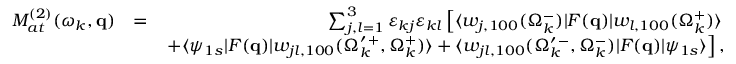
\begin{array} { r l r } { { \cal M } _ { a t } ^ { ( 2 ) } ( \omega _ { k } , \mathbf { q } ) } & { = } & { \sum _ { j , l = 1 } ^ { 3 } \varepsilon _ { k j } \varepsilon _ { k l } \left[ \langle w _ { j , 1 0 0 } ( \Omega _ { k } ^ { - } ) | F ( \mathbf { q } ) | { w } _ { l , 1 0 0 } ( \Omega _ { k } ^ { + } ) \rangle \right. } \\ & { } & { \left. + \langle \psi _ { 1 s } | F ( \mathbf { q } ) | w _ { j l , 1 0 0 } ( \Omega _ { k } ^ { \prime \, + } , \Omega _ { k } ^ { + } ) \rangle + \langle w _ { j l , 1 0 0 } ( \Omega _ { k } ^ { \prime \, - } , \Omega _ { k } ^ { - } ) | F ( \mathbf { q } ) | \psi _ { 1 s } \rangle \right] , } \end{array}